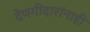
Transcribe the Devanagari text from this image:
देणगीदारांनाही